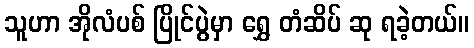
သူဟာ အိုလံပစ် ပြိုင်ပွဲမှာ ရွှေ တံဆိပ် ဆု ရခဲ့တယ်။